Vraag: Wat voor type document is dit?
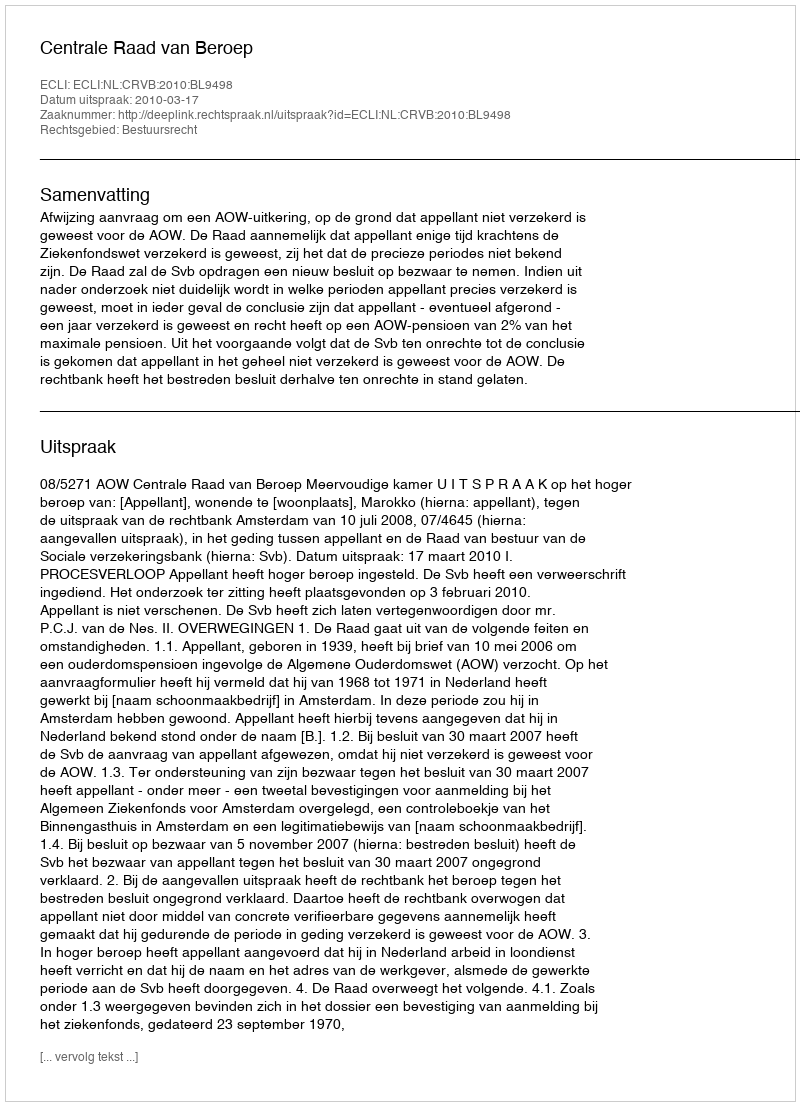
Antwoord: Uitspraak